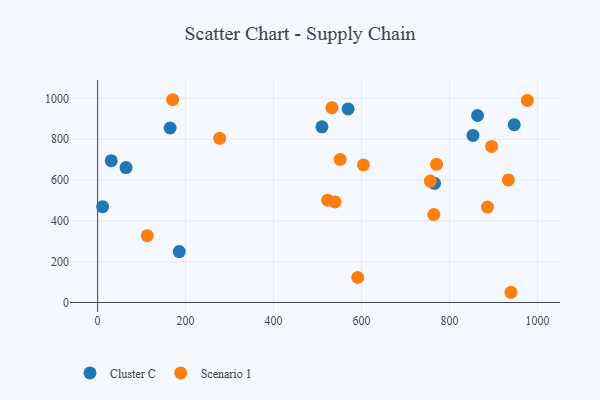
{"axis": {"x": "Speed", "y": "Exam Score"}, "legend": ["Cluster C", "Scenario 1"], "data": [{"x": "863.5", "y": 916.2, "type": "Cluster C"}, {"x": "569.4", "y": 948.3, "type": "Cluster C"}, {"x": "853.1", "y": 818.6, "type": "Cluster C"}, {"x": "64.6", "y": 661.3, "type": "Cluster C"}, {"x": "11.4", "y": 469.6, "type": "Cluster C"}, {"x": "31.0", "y": 694.9, "type": "Cluster C"}, {"x": "185.5", "y": 249.4, "type": "Cluster C"}, {"x": "509.9", "y": 860.6, "type": "Cluster C"}, {"x": "947.0", "y": 871.1, "type": "Cluster C"}, {"x": "164.8", "y": 855.1, "type": "Cluster C"}, {"x": "765.8", "y": 583.8, "type": "Cluster C"}, {"x": "604.2", "y": 674.1, "type": "Scenario 1"}, {"x": "976.8", "y": 990.1, "type": "Scenario 1"}, {"x": "591.2", "y": 122.4, "type": "Scenario 1"}, {"x": "933.6", "y": 600.8, "type": "Scenario 1"}, {"x": "170.6", "y": 993.6, "type": "Scenario 1"}, {"x": "895.5", "y": 764.6, "type": "Scenario 1"}, {"x": "523.1", "y": 501.6, "type": "Scenario 1"}, {"x": "756.2", "y": 594.8, "type": "Scenario 1"}, {"x": "539.8", "y": 492.7, "type": "Scenario 1"}, {"x": "532.6", "y": 954.7, "type": "Scenario 1"}, {"x": "886.1", "y": 467.4, "type": "Scenario 1"}, {"x": "939.5", "y": 50.1, "type": "Scenario 1"}, {"x": "277.4", "y": 804.7, "type": "Scenario 1"}, {"x": "112.9", "y": 327.2, "type": "Scenario 1"}, {"x": "764.2", "y": 431.0, "type": "Scenario 1"}, {"x": "770.3", "y": 677.0, "type": "Scenario 1"}, {"x": "551.3", "y": 701.1, "type": "Scenario 1"}]}